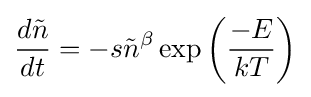
{\frac {d{\tilde {n}}}{dt}}=-s{\tilde {n}}^{\beta }\exp \left({\frac {-E}{kT}}\right)